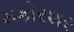
મકોરશર